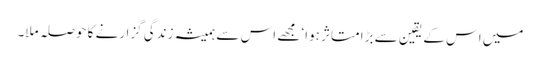
میں اس کے یقین سے بڑا متاثر ہوا‘ مجھے اس سے ہمیشہ زندگی گزارنے کا حوصلہ ملا۔